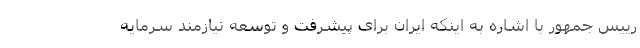
رییس جمهور با اشاره به اینکه ایران برای پیشرفت و توسعه نیازمند سرمایه